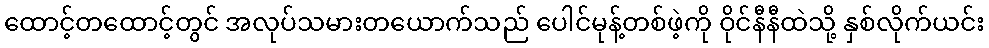
ထောင့်တထောင့်တွင် အလုပ်သမားတယောက်သည် ပေါင်မုန့်တစ်ဖဲ့ကို ဝိုင်နီနီထဲသို့ နှစ်လိုက်ယင်း